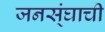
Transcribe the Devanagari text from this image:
जनस्ंघाची